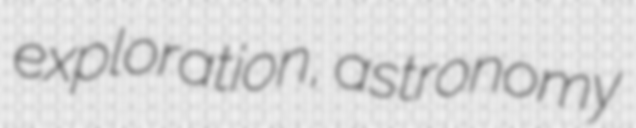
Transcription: exploration, astronomy